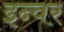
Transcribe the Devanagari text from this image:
इन्वर